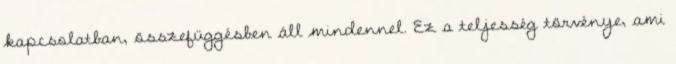
kapcsolatban, összefüggésben áll mindennel. Ez a teljesség törvénye, ami